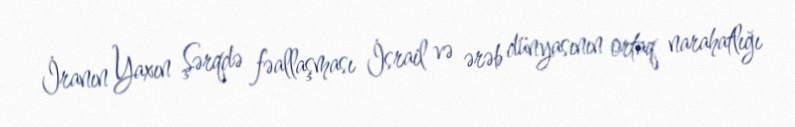
İranın Yaxın Şərqdə fəallaşması İsrail və ərəb dünyasının ortaq narahatlığı